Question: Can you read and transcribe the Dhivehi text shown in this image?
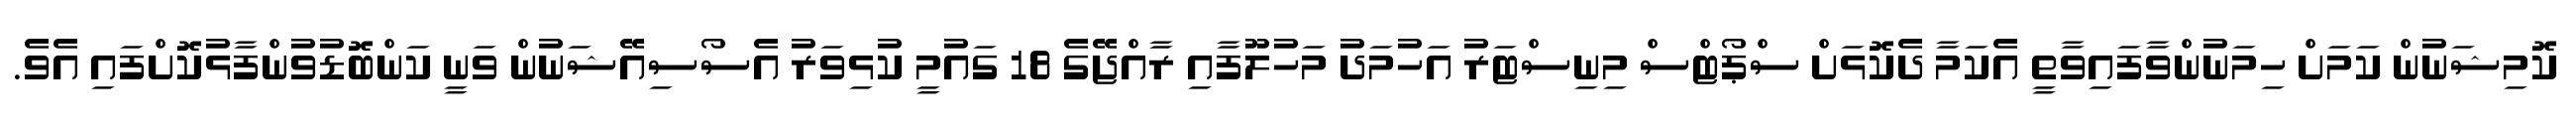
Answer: ކޮމިޝަނުން ކަމަށް ހިމަނުންވާފައިވާތީ އެކަމާ ދެކޮޅަށް ސްޕޯޓްސް މިނިސްޓަރު އަހުމަދު މަހުލޫފާއި ރާއްޖޭގެ 18 ގައުމީ ކުޅިވަރު އެސޯސިއޭޝަނުން ވަނީ ކަންބޮޑުވުންފާޅުކޮށްފައި އެވެ.